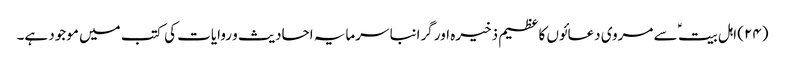
(۲۴) اہل بیت ؑ سے مروی دعائوں کا عظیم ذخیرہ اور گرانبا سرمایہ احادیث و روایات کی کتب میں موجود ہے۔